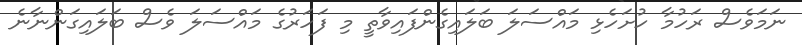
ނަމަވެސް ރަހުމާ ހުށަހެޅި މައްސަލަ ބަލައިގެންފައިވާތީ މި ފަހަރުގެ މައްސަލަ ވެސް ބަލައިގަންނާނެ